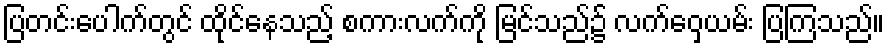
ပြတင်းပေါက်တွင် ထိုင်နေသည့် စကားလက်ကို မြင်သည်၌ လက်ဝှေ့ယမ်း ပြကြသည်။